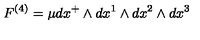
F ^ { \left( 4 \right) } = \mu d x ^ { + } \wedge d x ^ { 1 } \wedge d x ^ { 2 } \wedge d x ^ { 3 }